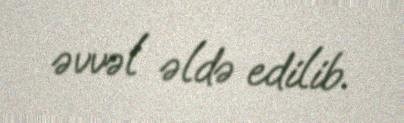
əvvəl əldə edilib.